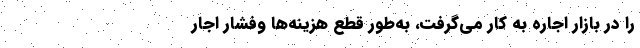
را در بازار اجاره به کار می‌‌گرفت، به‌طور قطع هزینه‌ها وفشار اجار